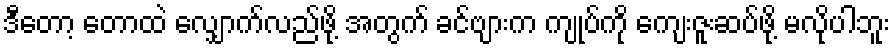
ဒီတော့ တောထဲ လျှောက်လည်ဖို့ အတွက် ခင်ဗျားက ကျုပ်ကို ကျေးဇူးဆပ်ဖို့ မလိုပါဘူး